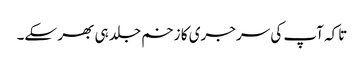
تاکہ آپ کی سرجری کا زخم جلد ہی بھر سکے۔